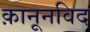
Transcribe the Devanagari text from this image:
क़ानूनविद